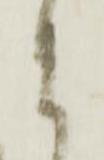
よ